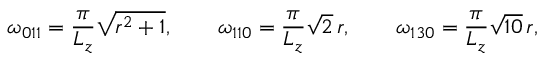
\omega _ { 0 1 1 } = \frac { \pi } { L _ { z } } \sqrt { r ^ { 2 } + 1 } , \qquad \omega _ { 1 1 0 } = \frac { \pi } { L _ { z } } \sqrt { 2 } \, r , \qquad \omega _ { 1 3 0 } = \frac { \pi } { L _ { z } } \sqrt { 1 0 } \, r ,